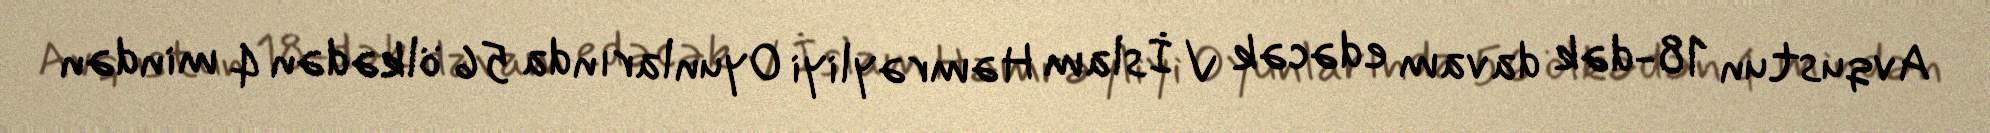
Avqustun 18-dək davam edəcək V İslam Həmrəyliyi Oyunlarında 56 ölkədən 4 mindən